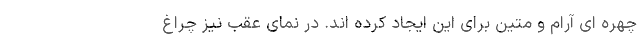
چهره ای آرام و متین برای این ایجاد کرده اند. در نمای عقب نیز چراغ